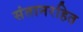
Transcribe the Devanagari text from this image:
संतानरहित